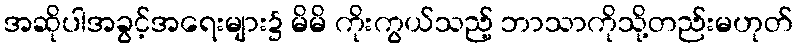
အဆိုပါအခွင့်အရေးများ၌ မိမိ ကိုးကွယ်သည့် ဘာသာကိုသို့တည်းမဟုတ်